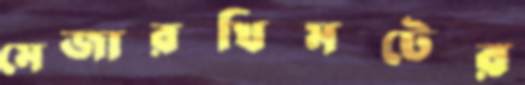
মেজারখিমটের